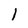
Character: 1